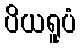
ပိယရူပံ